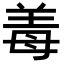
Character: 𬙰